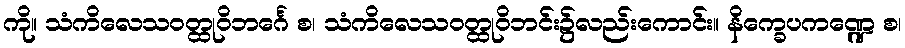
ကို။ သံကိလေသဝတ္ထုဝိဘင်္ဂေ စ၊ သံကိလေသဝတ္ထုဝိဘင်း၌လည်းကောင်း။ နိက္ခေပကဏ္ဍေ စ၊